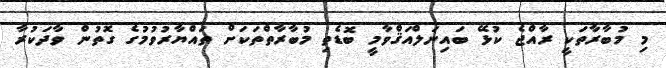
މި މުބާރާތަކީ ރާއްޖެ ކުޅޭ ބައިނަލްއަޤްވާމީ ބޮޑެތި މުބާރާތްތަކަށް ތައްޔާރުވުމުގެ ގޮތުން ވާދަކުރާ